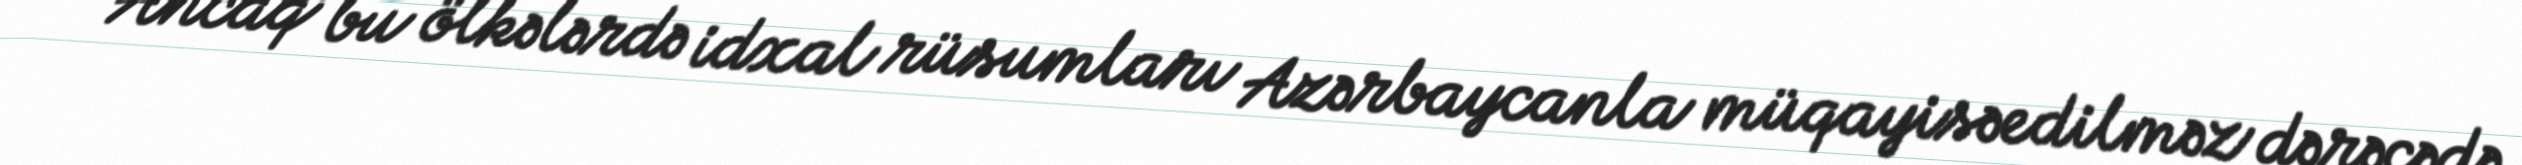
“Ancaq bu ölkələrdə idxal rüsumları Azərbaycanla müqayisəedilməz dərəcədə